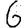
Digit: 6